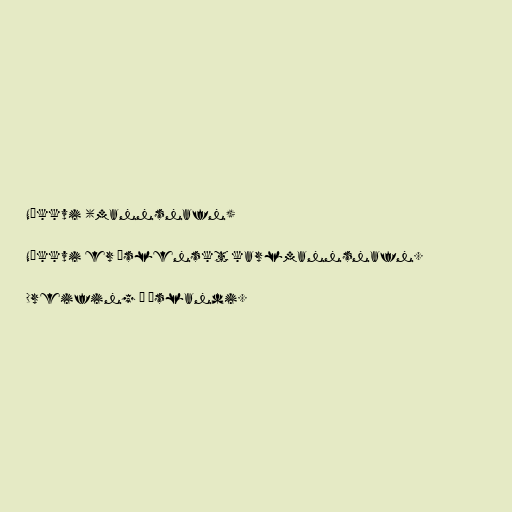
Nökkvi (mannsnafn)

Nökkvi er íslenskt karlmannsnafn.

Dreifing á Íslandi.